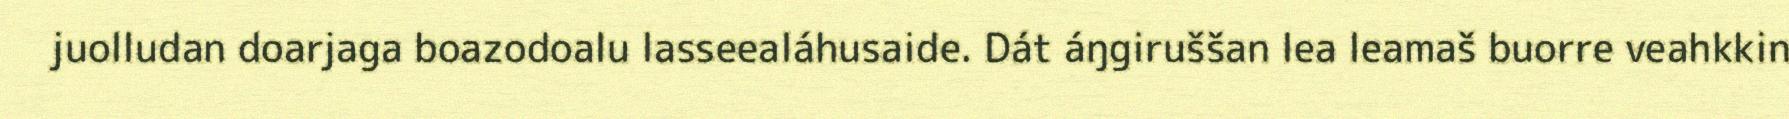
juolludan doarjaga boazodoalu lasseealáhusaide. Dát áŋgiruššan lea leamaš buorre veahkkin